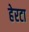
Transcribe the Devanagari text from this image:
हेरटा